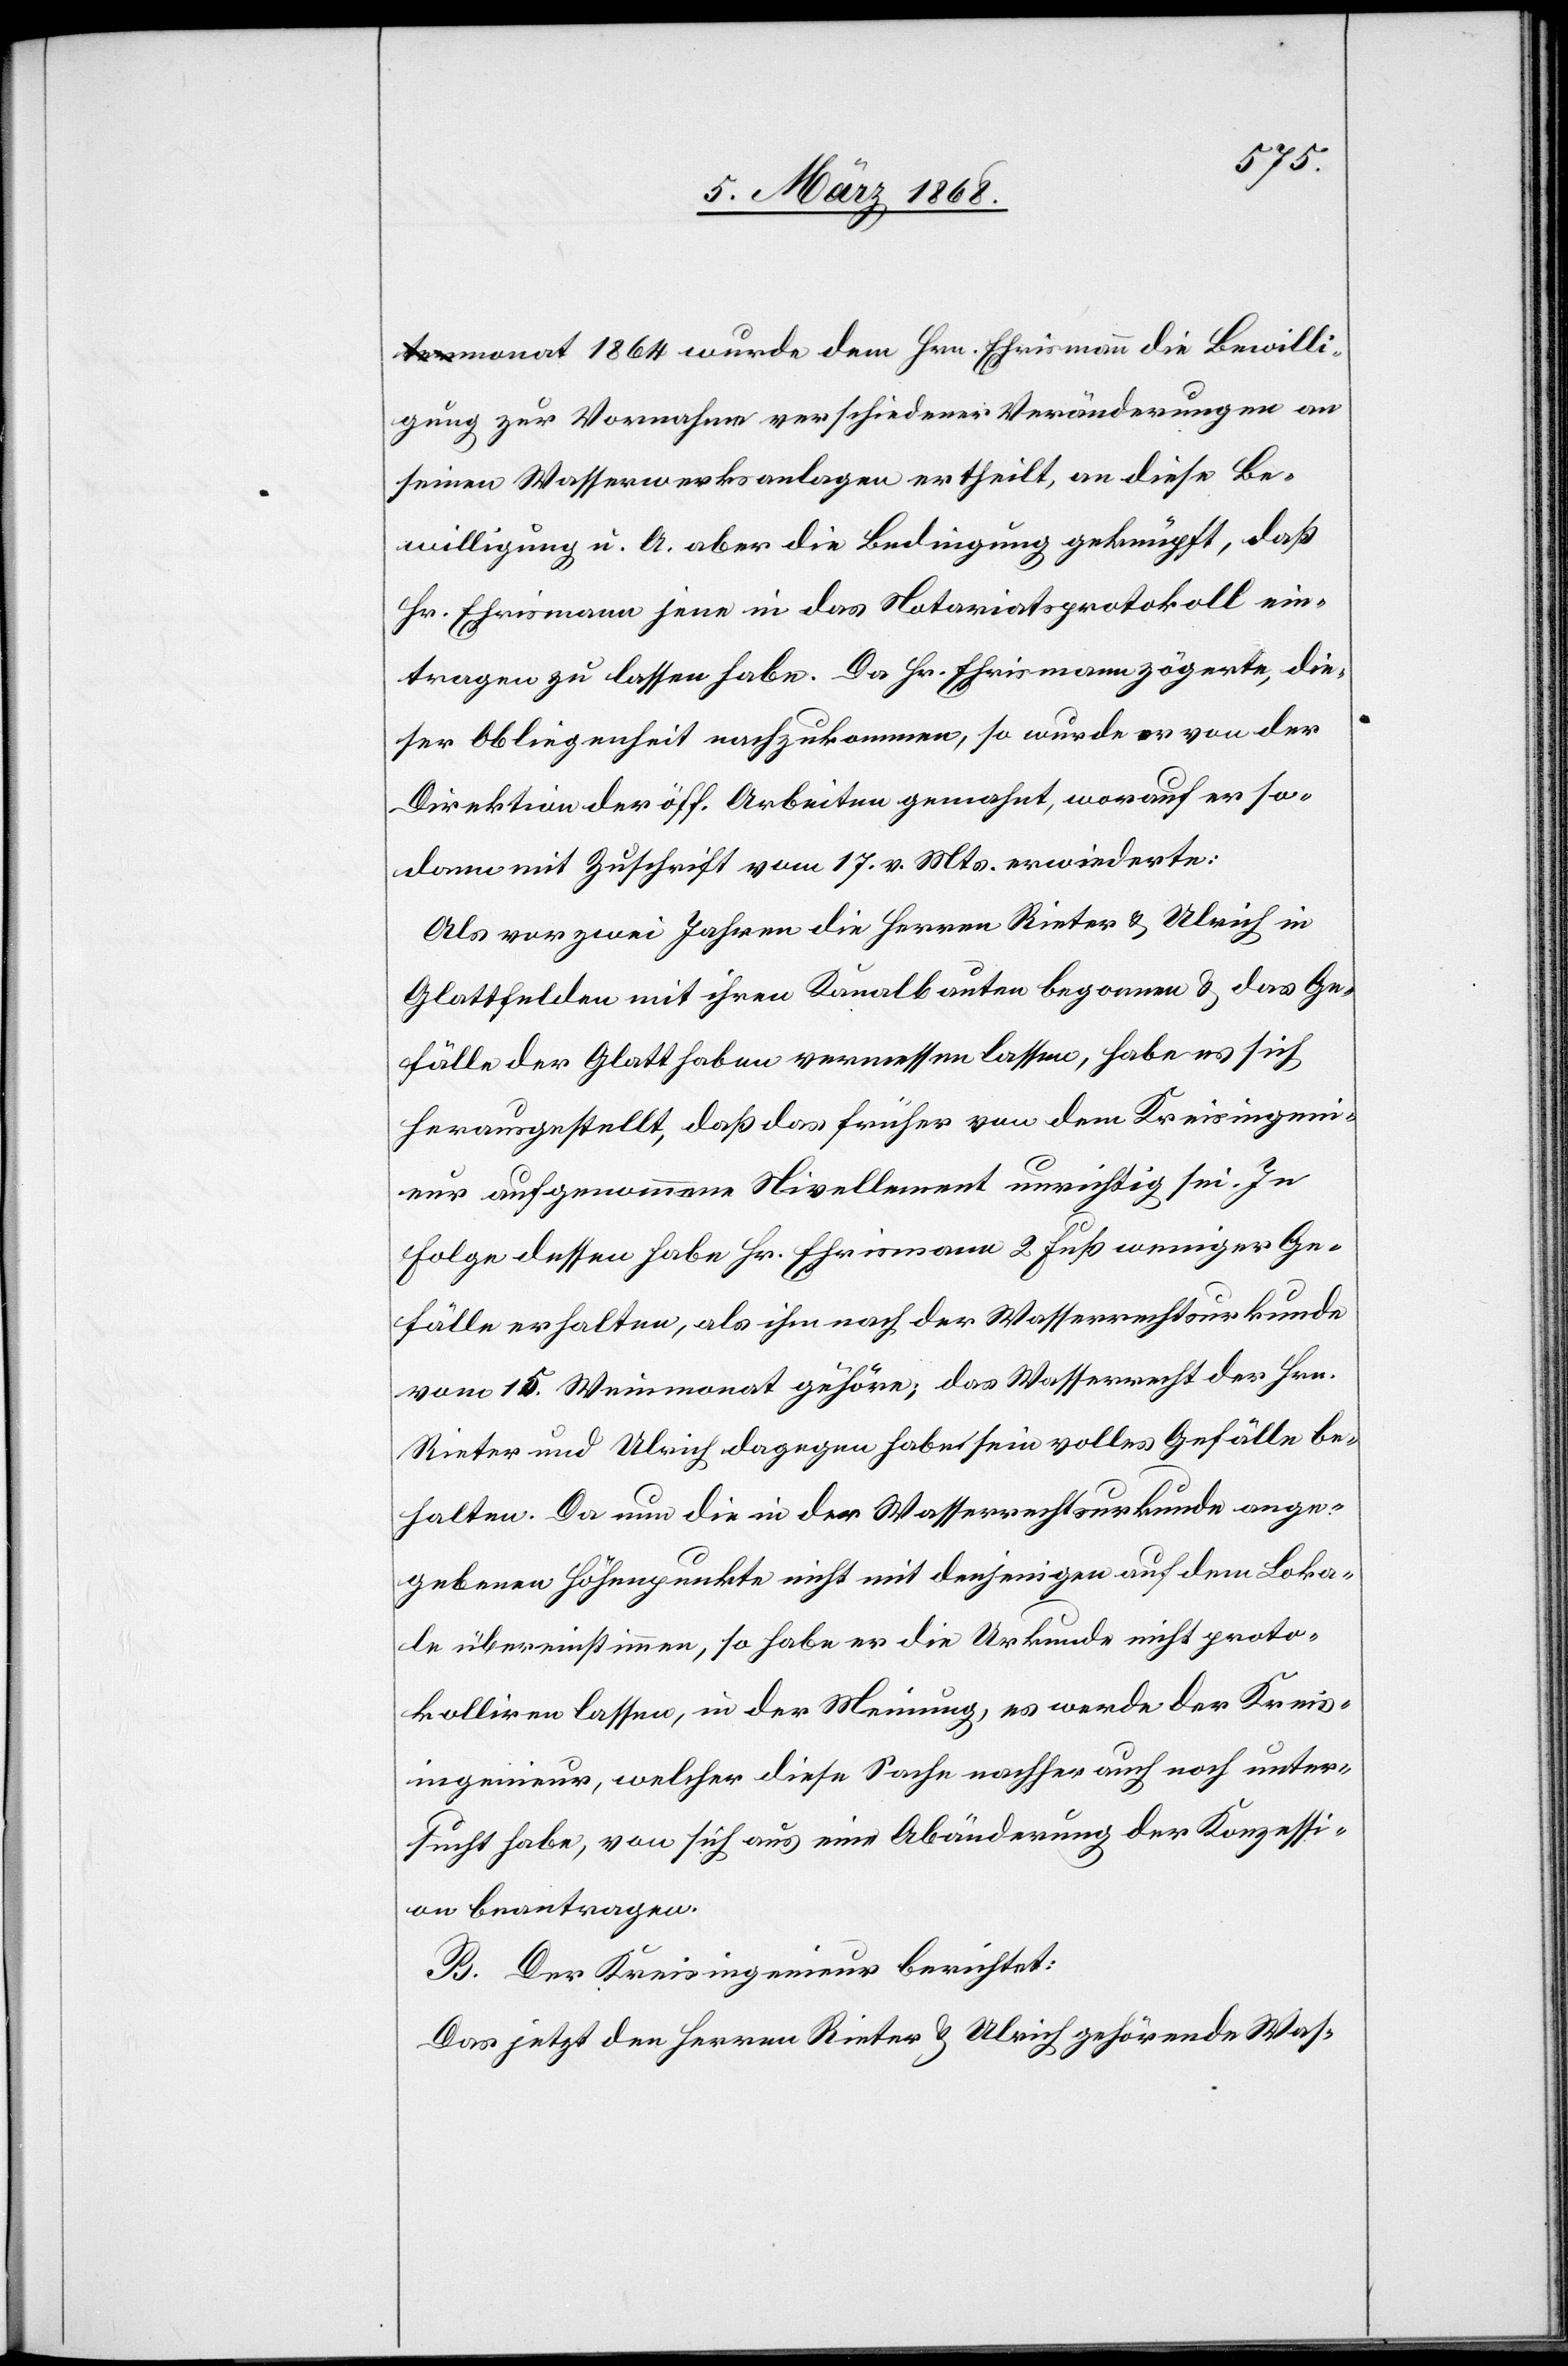
monat 1864 wurde dem Hrn. Ehrismann die Bewilli¬
gung zur Vornahme verschiedener Veränderungen an
seinen Wasserwerksanlagen ertheilt, an diese Be¬
willigung u. A. aber die Bedingung geknüpft, daß
Hr. Ehrismann jene in das Notariatsprotokoll ein¬
tragen zu lassen habe. Da Hr. Ehrismann zögerte, die¬
ser Obliegenheit nachzukommen, so wurde er von der
Direktion der öff. Arbeiten gemahnt, worauf er so¬
dann mit Zuschrift vom 17. v. Mts. erwiederte:
Als vor zwei Jahren die Herren Rieter & Ulrich in
Glattfelden mit ihren Kanalbauten begonnen & das Ge¬
fälle der Glatt haben vermessen lassen, habe es sich
herausgestellt, daß das früher von dem Kreisingeni¬
eur aufgenommene Nivellement unrichtig sei. In
Folge dessen habe Hr. Ehrismann 2 Fuß weniger Ge¬
fälle erhalten, als ihm nach der Wasserrechtsurkunde
vom 15. Weinmonat gehöre; das Wasserrecht der Hrn.
Rieter und Ulrich dagegen habe sein volles Gefälle be¬
halten. Da nun die in der Wasserrechtsurkunde ange¬
gebenen Höhenpunkte nicht mit denjenigen auf dem Loka¬
le übereinstimmen, so habe er die Urkunde nicht proto¬
kolliren lassen, in der Meinung, es werde der Kreis¬
ingenieur, welcher diese Sache nachher auch noch unter¬
sucht habe, von sich aus eine Abänderung der Konzessi¬
on beantragen.
B. Der Kreisingenieur berichtet:
Das jetzt den Herren Rieter & Ulrich gehörende Was-